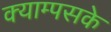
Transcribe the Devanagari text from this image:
क्याम्पसके